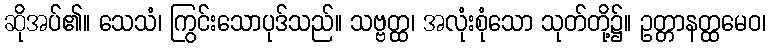
ဆိုအပ်၏။ သေသံ၊ ကြွင်းသောပုဒ်သည်။ သဗ္ဗတ္ထ၊ အလုံးစုံသော သုတ်တို့၌။ ဥတ္တာနတ္ထမေဝ၊